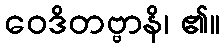
ဝေဒိတဗ္ဗာနိ၊ ၏။